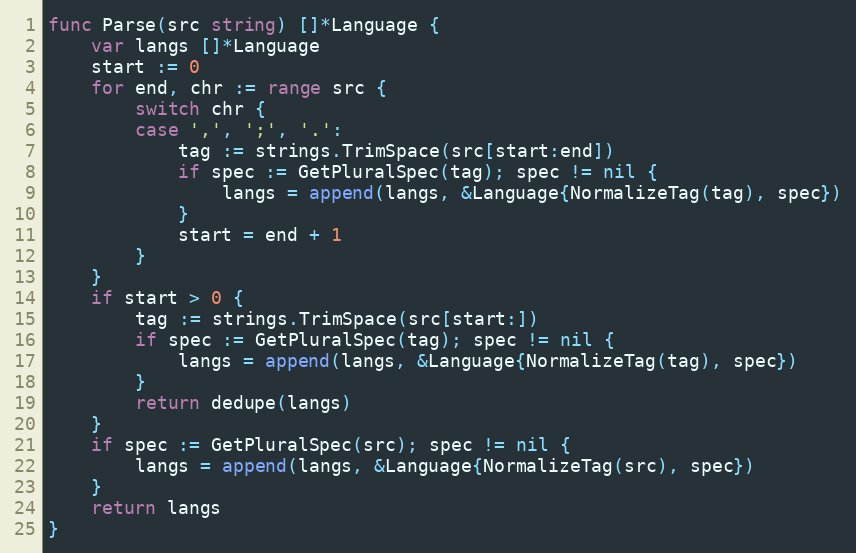
Language: Go
func Parse(src string) []*Language {
	var langs []*Language
	start := 0
	for end, chr := range src {
		switch chr {
		case ',', ';', '.':
			tag := strings.TrimSpace(src[start:end])
			if spec := GetPluralSpec(tag); spec != nil {
				langs = append(langs, &Language{NormalizeTag(tag), spec})
			}
			start = end + 1
		}
	}
	if start > 0 {
		tag := strings.TrimSpace(src[start:])
		if spec := GetPluralSpec(tag); spec != nil {
			langs = append(langs, &Language{NormalizeTag(tag), spec})
		}
		return dedupe(langs)
	}
	if spec := GetPluralSpec(src); spec != nil {
		langs = append(langs, &Language{NormalizeTag(src), spec})
	}
	return langs
}